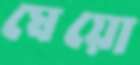
ঘেয়ো